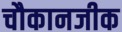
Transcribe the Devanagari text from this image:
चौकानजीक